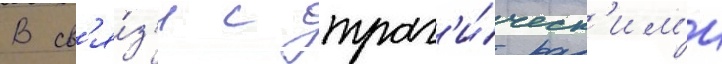
В св'я́з'и с траг'и́ческ'им'и